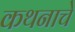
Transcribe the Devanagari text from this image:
कथनाचे